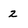
Character: z